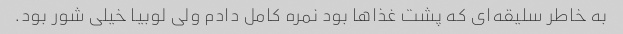
به خاطر سلیقه‌ای که پشت غذا‌ها بود نمره کامل دادم ولی لوبیا خیلی شور بود.